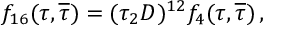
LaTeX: f _ { 1 6 } ( \tau , { \overline { { \tau } } } ) = ( \tau _ { 2 } { \cal D } ) ^ { 1 2 } f _ { 4 } ( \tau , { \overline { { \tau } } } ) \, ,